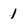
Character: 1